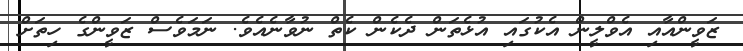
ޒަވީންއާއި އެވްލީން އެކުގައި އުޅެތަން ދެކެން ކެތް ނުވާނެއެވެ. ނަމަވެސް ޒަވީންގެ ހިތަށް